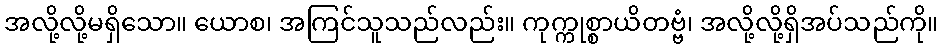
အလို့လို့မရှိသော။ ယောစ၊ အကြင်သူသည်လည်း။ ကုက္ကုစ္စာယိတဗ္ဗံ၊ အလို့လို့ရှိအပ်သည်ကို။